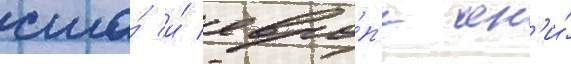
сша́ и́ евро́п'е он'и́